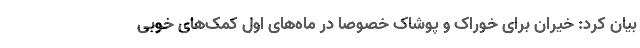
بیان کرد: خیران برای خوراک و پوشاک خصوصاً در ماه‌های اول کمک‌های خوبی